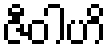
ဇီဝါဟိ